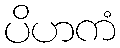
ပိဟကံ